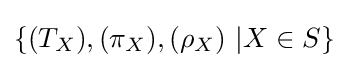
\{(T_{X}),(\pi _{X}),(\rho _{X})\ |X\in S\}